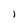
Character: l